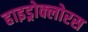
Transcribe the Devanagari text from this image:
हाइड्रोक्लोरस